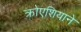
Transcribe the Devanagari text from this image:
क्रोएशियाने